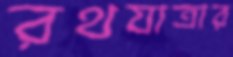
রথযাত্রার